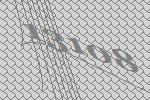
13108